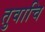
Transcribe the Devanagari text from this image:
तुवाचि